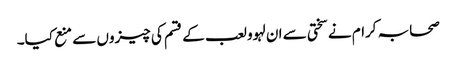
صحابہ کرام نے سختی سے ان لہوو لعب کے قسم کی چیزوں سے منع کیا۔